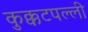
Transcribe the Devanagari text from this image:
कुक्कटपल्ली